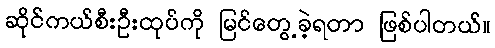
ဆိုင်ကယ်စီးဦးထုပ်ကို မြင်တွေ့ခဲ့ရတာ ဖြစ်ပါတယ်။